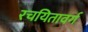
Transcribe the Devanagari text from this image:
रचयितावर्ग